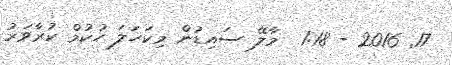
17